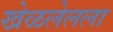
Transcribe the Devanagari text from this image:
खेळलेलला